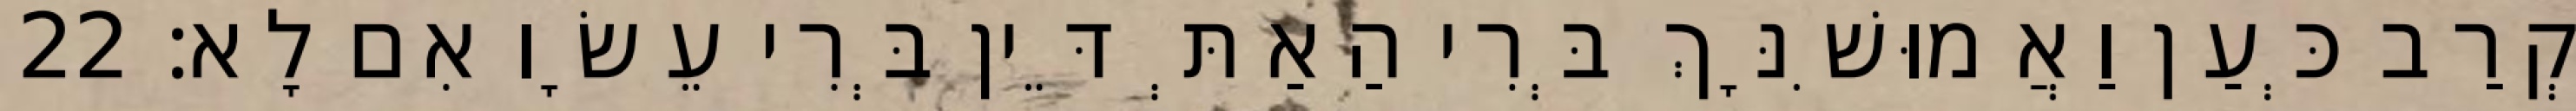
קְרַב כְּעַן וַאֲמוּשִׁנָּךְ בְּרִי הַאַתְּ דֵּין בְּרִי עֵשָׂו אִם לָא׃ 22